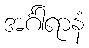
အင်္ဂါရာနံ